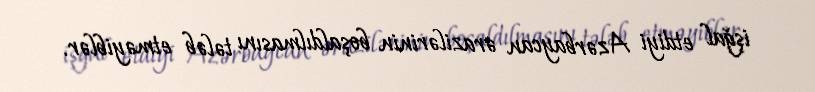
işğal etdiyi Azərbaycan ərazilərinin boşaldılmasını tələb etməyiblər.